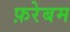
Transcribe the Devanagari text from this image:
फ़रेबम